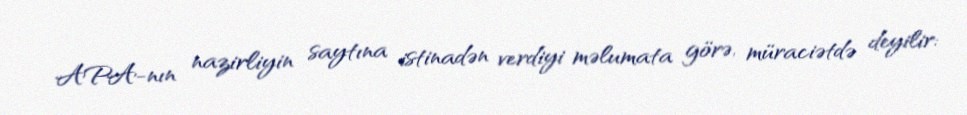
APA-nın nazirliyin saytına istinadən verdiyi məlumata görə, müraciətdə deyilir: